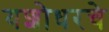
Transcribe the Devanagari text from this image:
यशोधरचे